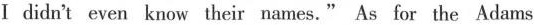
I didn't even know their names." As for the Adams